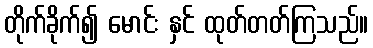
တိုက်ခိုက်၍ မောင်း နှင် ထုတ်တတ်ကြသည်။